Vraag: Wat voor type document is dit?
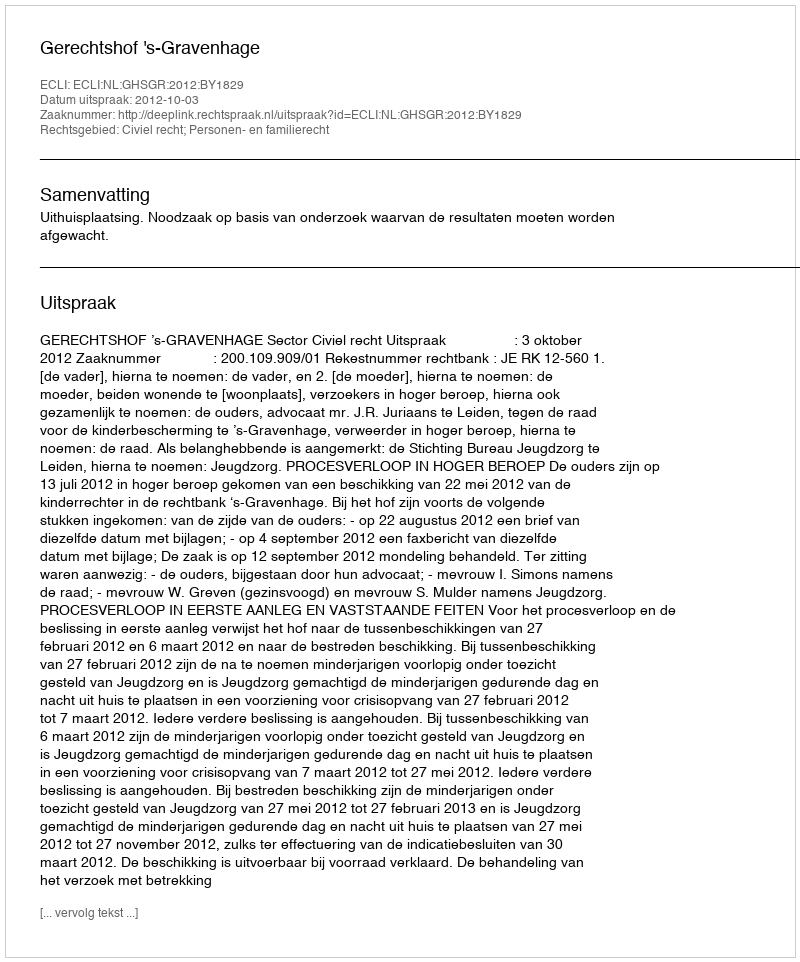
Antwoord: Uitspraak